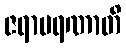
ဇရာမရဏာတိ